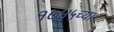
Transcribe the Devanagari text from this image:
१७४५च्या